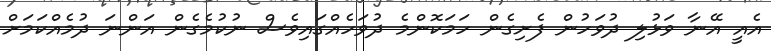
އެއީ އޭނާ ވަޅުލި ދުވަހުން ފެށިގެން ހަމަކޮންމެ ދުވަހެއްގައިވެސް ނުކުމެގެން އަންނަ ދުމެއްކަމަށް